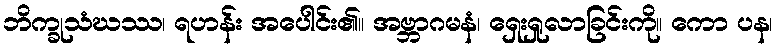
ဘိက္ခုသံဃဿ၊ ရဟန်း အပေါင်း၏။ အဗ္ဘာဂမနံ၊ ရှေးရှုလာခြင်းကို။ ကော ပန၊